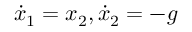
{ \dot { x } } _ { 1 } = x _ { 2 } , { \dot { x } } _ { 2 } = - g